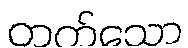
တက်သော